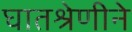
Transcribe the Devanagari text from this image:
घातश्रेणीने